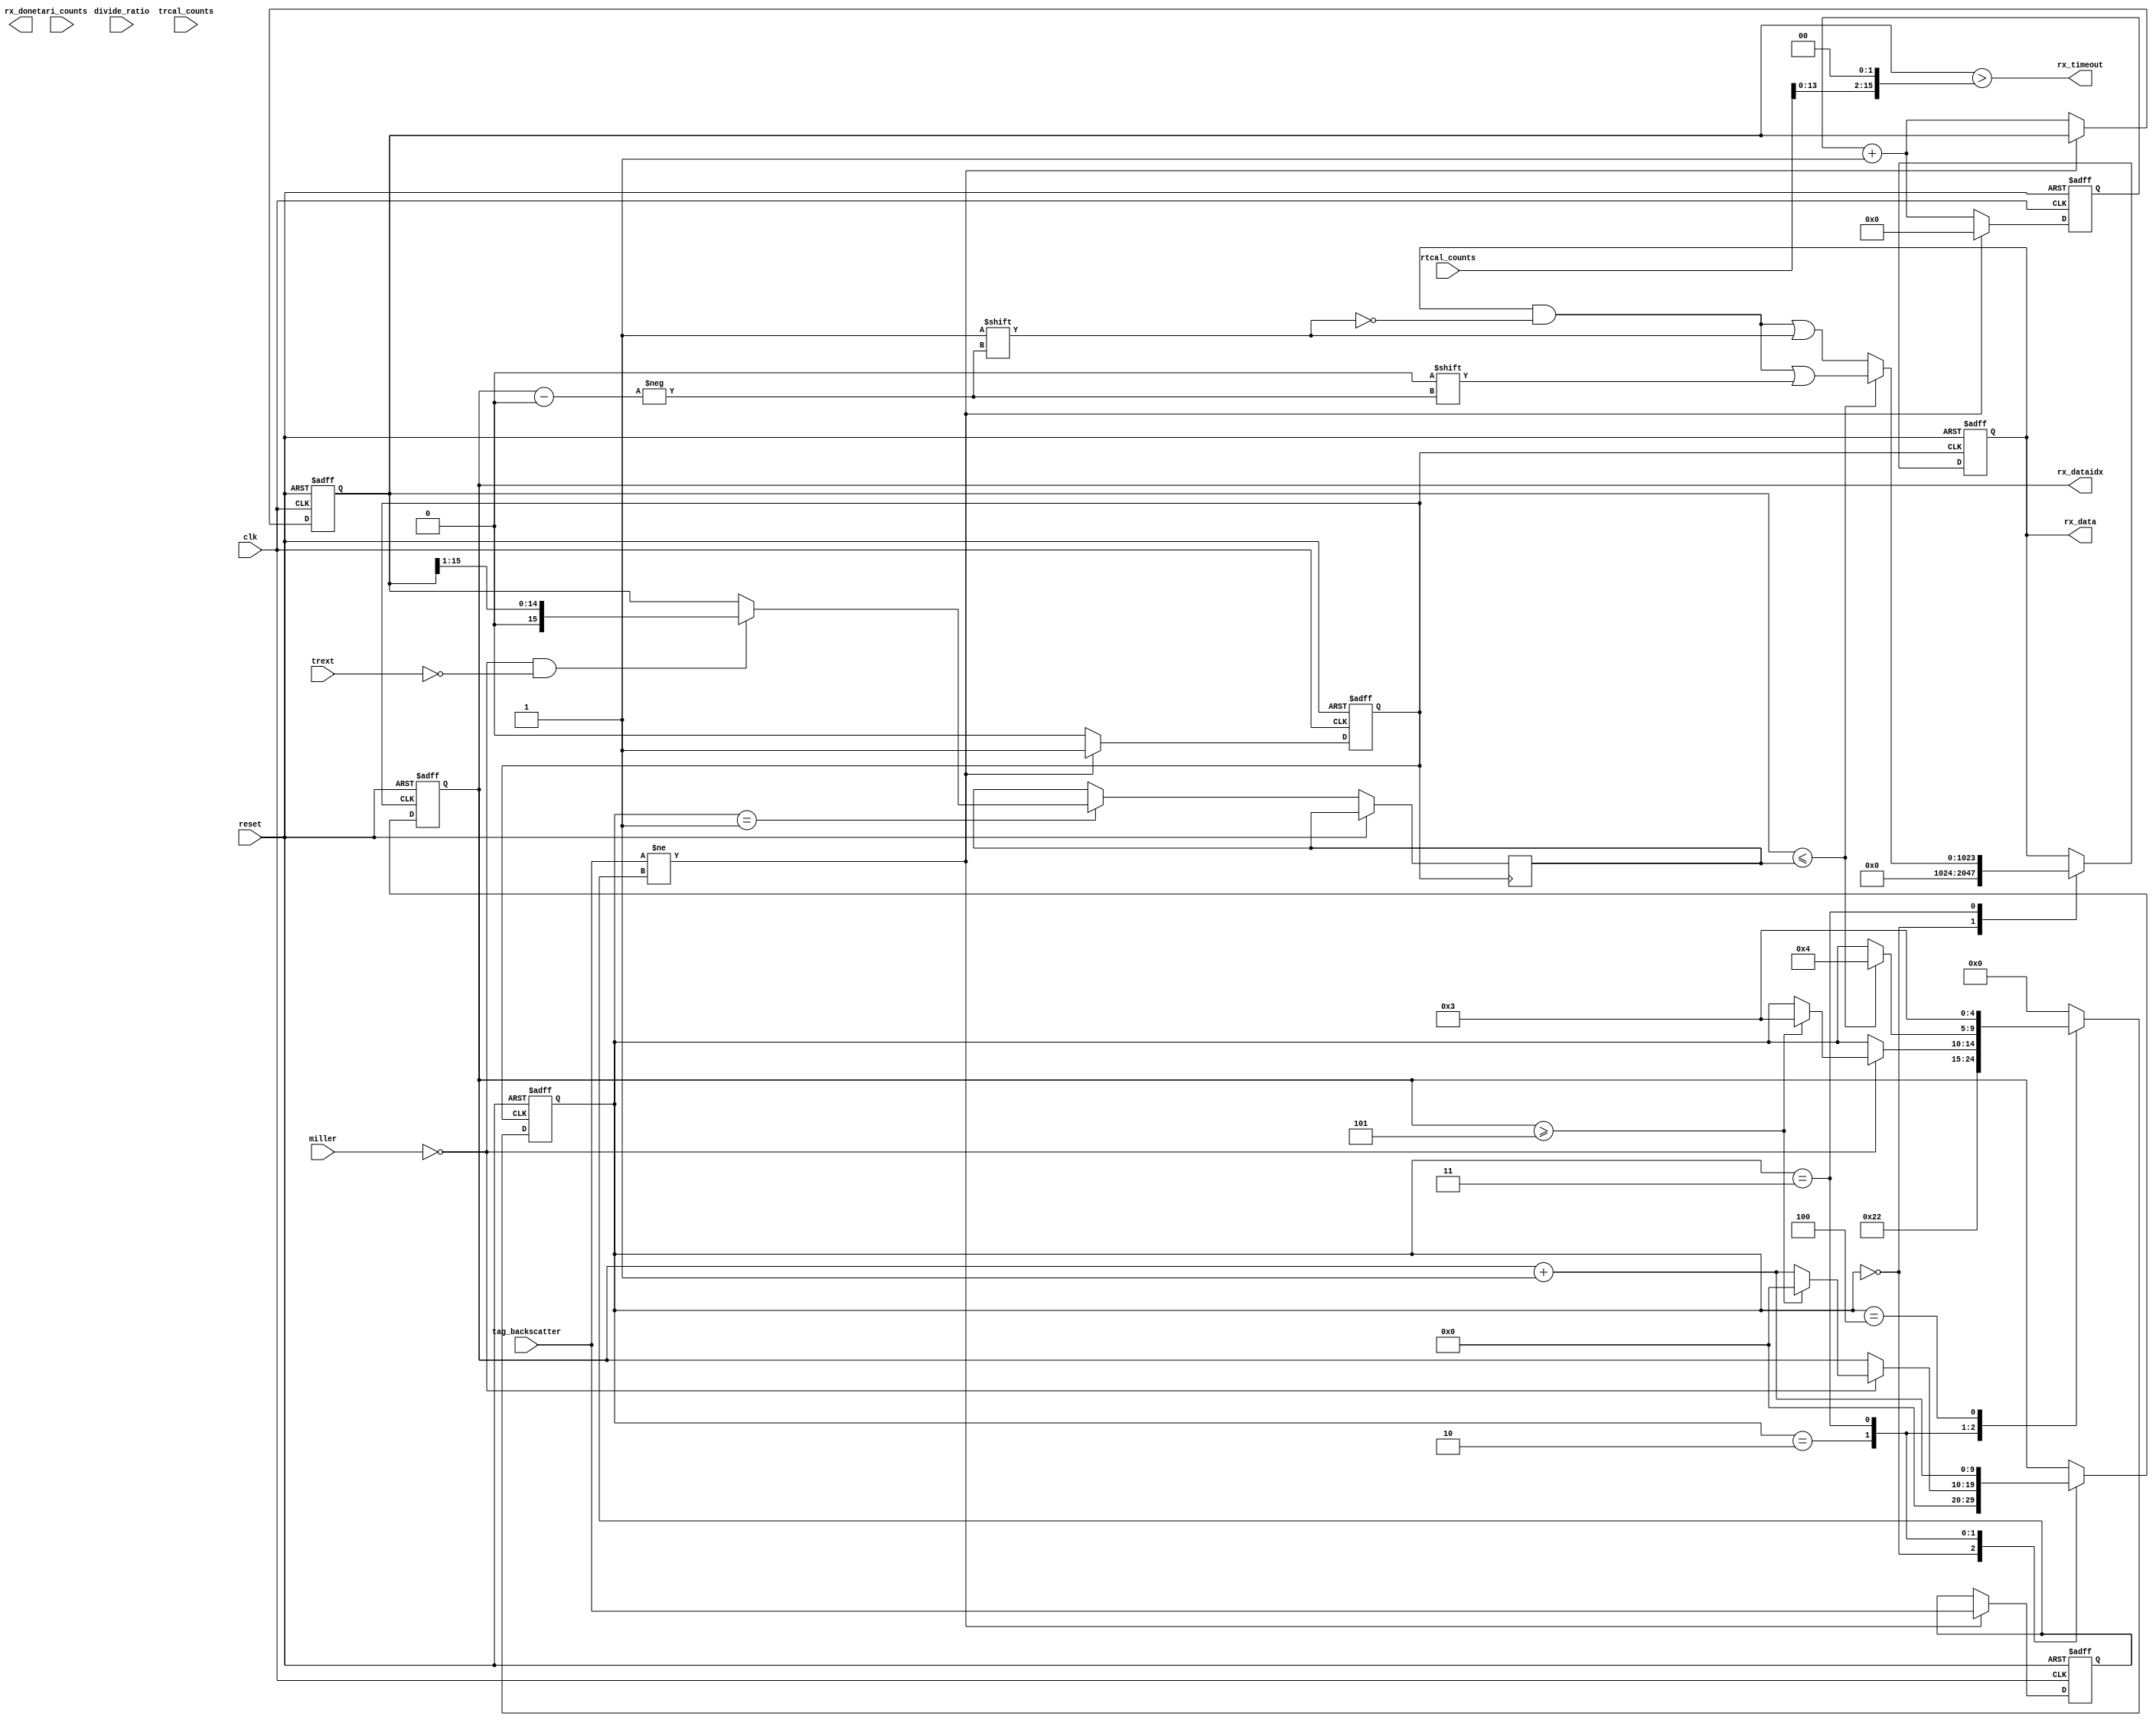
module rfid_reader_rx (
                     // basic connections
                     reset, clk, tag_backscatter,
                     // logistics
                     rx_done, rx_timeout,
                     // modulation infomation
                     miller, trext, divide_ratio,
                     // timing information
                     rtcal_counts, trcal_counts, tari_counts,
                     // received data
                     rx_data, rx_dataidx
                     );

input  reset, clk, tag_backscatter;
output rx_done, rx_timeout;

input [2:0] miller;
input trext;
input divide_ratio;

input [15:0] tari_counts;
input [15:0] rtcal_counts;
input [15:0] trcal_counts;

output [1023:0] rx_data;
output [9:0]    rx_dataidx;

reg [1023:0] rx_data;
reg [9:0]    rx_dataidx;

reg rx_done;

// clock and recovery
reg [15:0]  rx_period;
reg [15:0]  rx_counter;

// timeout detector
assign rx_timeout = (rx_counter > rtcal_counts<<2);

// modulator edge detector -> clock generator for bit slicer
reg previousbit;
reg edgeclk;
reg [15:0] count;
always @ (posedge clk or posedge reset) begin
  if (reset) begin
    previousbit <= 0;
    edgeclk     <= 0;
    count       <= 0;
    rx_counter  <= 0;
  end else begin
    if (tag_backscatter != previousbit) begin
      edgeclk     <= 1;
      previousbit <= tag_backscatter;
      count       <= 0;
    end else begin
      edgeclk    <= 0;
      count      <= count + 1;
      rx_counter <= count + 1;
    end
  end
end

reg [4:0] rx_state;
parameter STATE_CLK_UP   = 0;
parameter STATE_CLK_DN   = 1;
parameter STATE_PREAMBLE = 2;
parameter STATE_DATA1    = 3;
parameter STATE_DATA2    = 4;
parameter STATE_DATA3    = 5;
parameter STATE_DATA4    = 6;
parameter STATE_DATA5    = 7;
parameter STATE_DATA6    = 8;
parameter STATE_DATA7    = 9;
parameter STATE_DATA8    = 10;



wire isfm0, ism2, ism4, ism8;
assign isfm0 = (miller == 0);
assign ism2  = (miller == 1);
assign ism4  = (miller == 2);
assign ism8  = (miller == 3);

wire count_lessthan_period;
assign count_lessthan_period = (rx_counter <= rx_period);

wire fm0_preamble_done;
assign fm0_preamble_done = (rx_dataidx >= 5);

wire [15:0] rx_counter_by2;
assign rx_counter_by2 = rx_counter >> 1;

// bit slicer / parser
always @ (posedge edgeclk or posedge reset) begin
  if (reset) begin
    rx_state   <= 0;
    rx_dataidx <= 0;
    rx_data    <= 0;
  end else begin
  
  case(rx_state)
    STATE_CLK_UP: begin
      rx_state   <= STATE_CLK_DN;
      rx_dataidx <= 0;
      rx_data    <= 0;
    end
    
    STATE_CLK_DN: begin
      if(isfm0 & ~trext) rx_period <= rx_counter_by2;
      else               rx_period <= rx_counter;
      rx_state <= STATE_PREAMBLE;
    end
    
    STATE_PREAMBLE: begin
      if(isfm0) begin
        if( fm0_preamble_done ) begin
          rx_state    <= STATE_DATA1;
          rx_dataidx  <= 0;
        end else begin
          rx_dataidx  <= rx_dataidx + 1;
        end
      end
    end
    
    STATE_DATA1: begin
      if(isfm0) begin
        // data 0
        if( count_lessthan_period ) begin
          rx_state <= STATE_DATA2;
          rx_data[rx_dataidx] <= 0;
          rx_dataidx          <= rx_dataidx + 1;
        // data 1
        end else begin
          rx_data[rx_dataidx] <= 1;
          rx_dataidx          <= rx_dataidx + 1;
        end
      end else begin // todo:
        // data 0
        if( count_lessthan_period ) begin
          rx_state <= STATE_DATA2;
          rx_data[rx_dataidx] <= 0;
          rx_dataidx          <= rx_dataidx + 1;
        // data 1
        end else begin
          rx_data[rx_dataidx] <= 1;
          rx_dataidx          <= rx_dataidx + 1;
        end
      end
    end
    STATE_DATA2: begin
      if(isfm0) begin
        rx_state <= STATE_DATA1;
      end else begin
        rx_state <= STATE_DATA1; // todo:
      end
    end
    
    default begin
      rx_state <= 0;
    end
  endcase
  
  end
end



endmodule